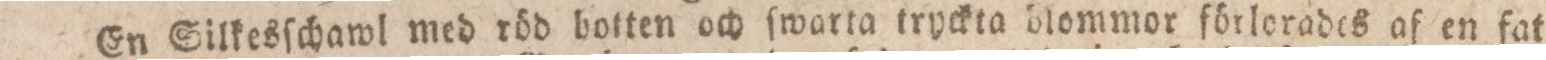
En Silkesſchawl med röd botten och ſwarta tryckta blommor förlorades af en fat=